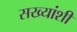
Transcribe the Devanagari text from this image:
सख्यांशी